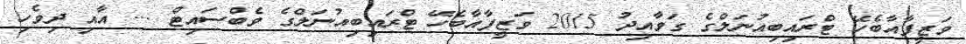
ވަޒީފާއާބެހޭ ޓްރައިބިއުނަލްގެ ގަވާއިދު 2015 ވަޒީފާއާބެހޭ ޓްރައިބިއުނަލްގެ ވެބްސައިޓް ... އާއި ދިވެހި